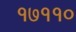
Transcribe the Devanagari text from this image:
१७११०